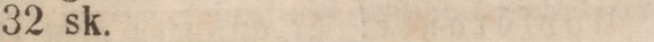
32 sk.